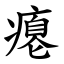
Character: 瘪